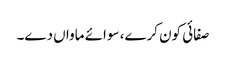
صفائی کون کرے، سوائے ماواں دے۔